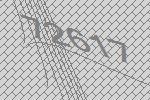
72617